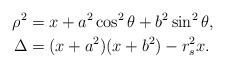
LaTeX: \begin{align*}\rho^2 &= x+a^2\cos^2\theta + b^2 \sin^2\theta,\\\Delta &= (x+a^2)(x+b^2) - r_s^2 x.\end{align*}